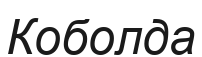
Коболда